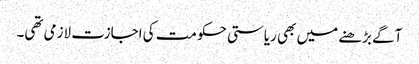
آگے بڑھنے میں بھی ریاستی حکومت کی اجازت لازمی تھی۔